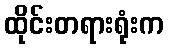
ထိုင်းတရားရုံးက